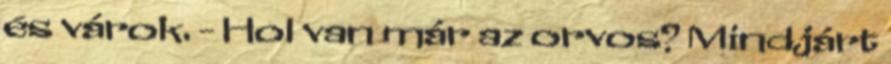
és várok. - Hol van már az orvos? Mindjárt